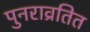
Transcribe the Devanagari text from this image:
पुनराव्रतित